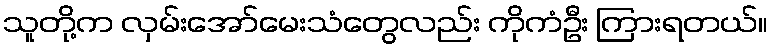
သူတို့က လှမ်းအော်မေးသံတွေလည်း ကိုကံဦး ကြားရတယ်။